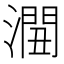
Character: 𰝏